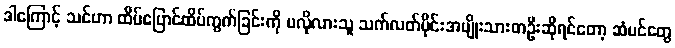
ဒါကြောင့် သင်ဟာ ထိပ်ပြောင်ထိပ်ကွက်ခြင်းကို မလိုလားသူ သက်လတ်ပိုင်းအမျိုးသားတဦးဆိုရင်တော့ ဆံပင်တွေ